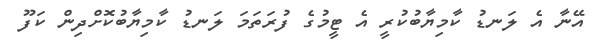
އޭނާ އެ ލަނޑު ކާމިޔާބުކުރީ އެ ޓީމުގެ ފުރަތަމަ ލަނޑު ކާމިޔާބުކޮށްދިން ކަފޫ